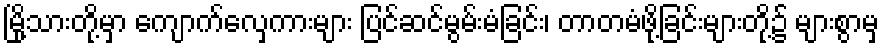
မြို့သားတို့မှာ ကျောက်လှေကားများ ပြင်ဆင်မွမ်းမံခြင်း၊ တာတမံဖို့ခြင်းများတို့၌ များစွာမှ